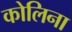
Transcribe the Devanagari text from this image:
कोलिना